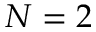
N = 2